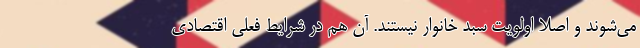
می‌شوند و اصلاً اولویتِ سبد خانوار نیستند. آن هم در شرایط فعلی اقتصادی